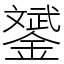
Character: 𨭉